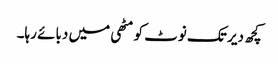
کچھ دیر تک نوٹ کو مٹھی میں دبائے رہا۔